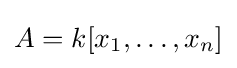
A=k[x_{1},\dots ,x_{n}]